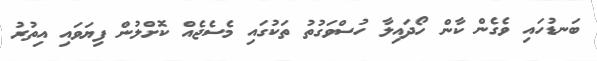
ބަނޑުހައި ވެގެން ކާން ހޯދައިލާ ހުސްވަގުތު ތަކުގައި މެސެޖެއް ކޮށްލުން ފިޔަވައި އިތުރު